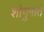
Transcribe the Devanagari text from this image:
शोगुनाते